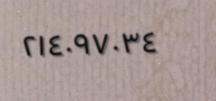
٢١٤٠٩٧٠٣٤